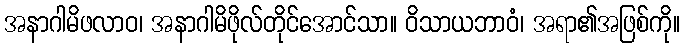
အနာဂါမိဖလာဝ၊ အနာဂါမိဖိုလ်တိုင်အောင်သာ။ ဝိသာယဘာဝံ၊ အရာ၏အဖြစ်ကို။